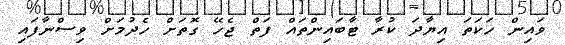
ވައިން ހަކަތަ އިޔާދަ ކުރާ ޓާބައިންތައް ފަތް ޖެހޭ ގޮތަށް ހެދުމަށް ވިސްނާފައި